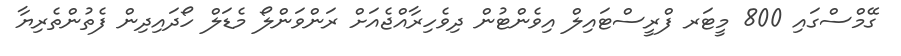
ގޭމްސްގައި 800 މީޓަރ ފްރީސްޓައިލް އިވެންޓުން ދިވެހިރާއްޖެއަށް ރަންވަންލޯ މެޑަލް ހޯދައިދިން ފެތުންތެރިޔާ